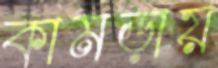
কামড়ায়